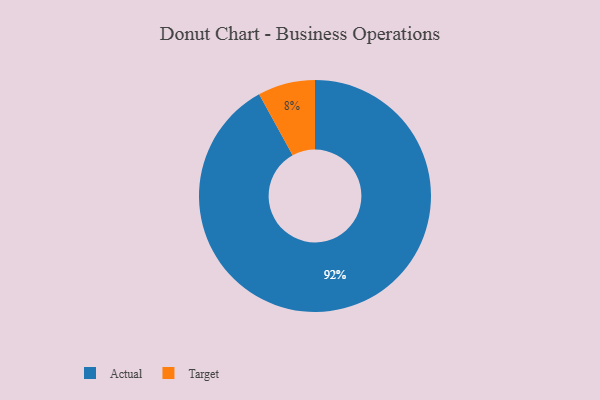
{"axis": {"x": "Category", "y": "Percentage"}, "legend": ["Actual", "Target"], "data": [{"x": "Target", "y": 8, "type": "Target"}, {"x": "Actual", "y": 92, "type": "Actual"}]}